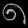
Digit: ၈